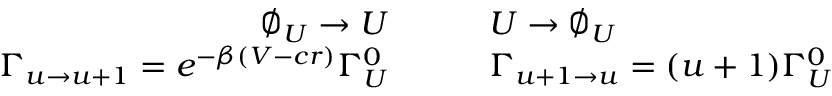
\begin{array} { r l } { \varnothing _ { U } \to U \qquad } & { { } U \to \varnothing _ { U } } \\ { \Gamma _ { u \to u + 1 } = e ^ { - \beta ( V - c r ) } \Gamma _ { U } ^ { 0 } \quad \quad } & { { } \Gamma _ { u + 1 \to u } = ( u + 1 ) \Gamma _ { U } ^ { 0 } } \end{array}